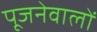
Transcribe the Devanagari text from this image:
पूजनेवालों